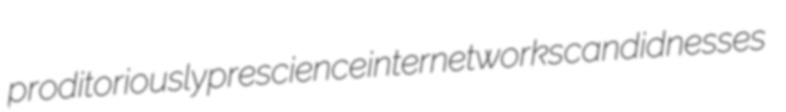
proditoriously prescience internetworks candidnesses